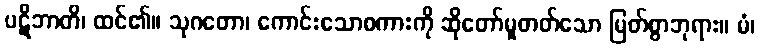
ပဋိဘာတိ၊ ထင်၏။ သုဂတော၊ ကောင်းသောစကားကို ဆိုတော်မူတတ်သော မြတ်စွာဘုရား။ မံ၊